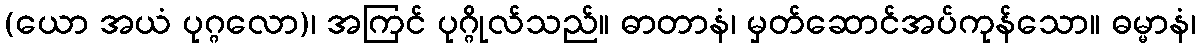
(ယော အယံ ပုဂ္ဂလော)၊ အကြင် ပုဂ္ဂိုလ်သည်။ ဓာတာနံ၊ မှတ်ဆောင်အပ်ကုန်သော။ ဓမ္မာနံ၊